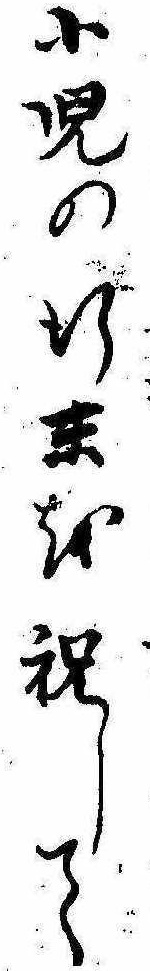
小児の行末を祝して